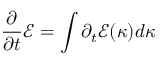
\frac { \partial } { \partial t } \mathcal { E } = \int \partial _ { t } \mathcal { E } ( \kappa ) d \kappa